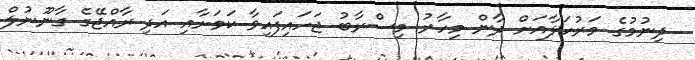
ދިނުމުގެ މަރުހަލާއަށް ދާން މިހާރު މިސްރާބު ޖަހައިފައިވާ ކަމަށާއި އަދި ރާއްޖޭގެ ގާނޫނުލް